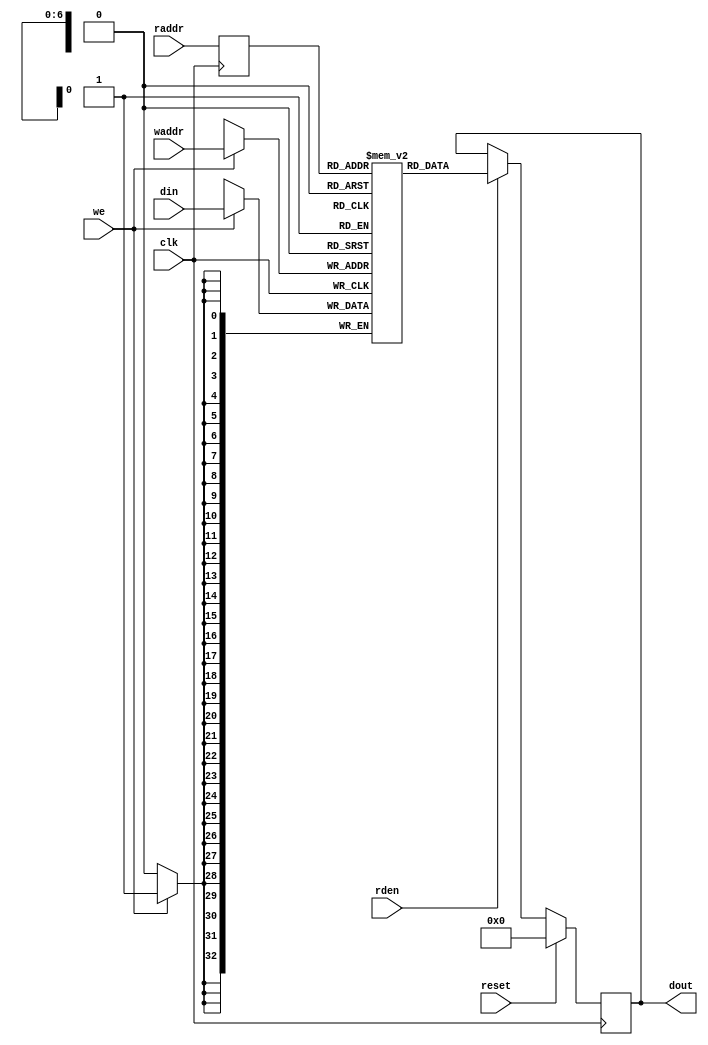
// ==============================================================
// Vitis HLS - High-Level Synthesis from C, C++ and OpenCL v2022.1 (64-bit)
// Tool Version Limit: 2022.04
// Copyright 1986-2022 Xilinx, Inc. All Rights Reserved.
// ==============================================================

`timescale 1ns/1ps

module userdma_fifo_w33_d128_A_ram
#(parameter
    MEM_STYLE   = "auto",
    DATA_WIDTH  = 33,
    ADDR_WIDTH  = 7,
    DEPTH       = 127
)
(
    input  wire                  clk,
    input  wire                  reset,
    input  wire                  we,
    input  wire [ADDR_WIDTH-1:0] waddr,
    input  wire [DATA_WIDTH-1:0] din,
    input  wire [ADDR_WIDTH-1:0] raddr,
    input  wire                  rden,
    output reg  [DATA_WIDTH-1:0] dout
);

(* ram_style = MEM_STYLE, rw_addr_collision = "yes" *)
reg  [DATA_WIDTH-1:0] mem[0:DEPTH-1];
reg  [ADDR_WIDTH-1:0] raddr_reg;

//write to ram
always @(posedge clk) begin
    if (we)
        mem[waddr] <= din;
end

//buffer the raddr
always @(posedge clk) begin
    raddr_reg <= raddr;
end

//read from ram
always @(posedge clk) begin
    if (reset)
        dout <= 0;
    else if (rden)
        dout <= mem[raddr_reg];
end

endmodule

module userdma_fifo_w33_d128_A
#(parameter
    MEM_STYLE   = "auto",
    DATA_WIDTH  = 33,
    ADDR_WIDTH  = 7,
    DEPTH       = 127
)
(
    // system signal
    input  wire                  clk,
    input  wire                  reset,

    // write
    output wire                  if_full_n,
    input  wire                  if_write_ce,
    input  wire                  if_write,
    input  wire [DATA_WIDTH-1:0] if_din,

    // read
    output reg  [ADDR_WIDTH:0]   if_num_data_valid,
    output wire [ADDR_WIDTH:0]   if_fifo_cap,
    output wire                  if_empty_n,
    input  wire                  if_read_ce,
    input  wire                  if_read,
    output wire [DATA_WIDTH-1:0] if_dout
);
//------------------------Parameter----------------------

//------------------------Local signal-------------------
reg  [ADDR_WIDTH-1:0] waddr = 1'b0;
reg  [ADDR_WIDTH-1:0] raddr = 1'b0;
wire [ADDR_WIDTH-1:0] wnext;
wire [ADDR_WIDTH-1:0] rnext;
wire                  push;
wire                  pop;
reg  [ADDR_WIDTH:0]   mOutPtr = 1'b0;
reg                   full_n = 1'b1;
reg                   empty_n = 1'b0;
reg                   dout_vld = 1'b0;


//------------------------Instantiation------------------
userdma_fifo_w33_d128_A_ram
#(
 .MEM_STYLE(MEM_STYLE),
 .DATA_WIDTH(DATA_WIDTH),
 .ADDR_WIDTH(ADDR_WIDTH),
 .DEPTH(DEPTH))
U_userdma_fifo_w33_d128_A_ram(
 .clk(clk),
 .reset(reset),
 .we(push),
 .waddr(waddr),
 .din(if_din),
 .raddr(rnext),
 .rden(pop),
 .dout(if_dout)
);

//------------------------Task and function--------------

//------------------------Body---------------------------
assign if_full_n  = full_n;
assign if_empty_n = dout_vld;
assign push       = full_n & if_write_ce & if_write;
assign pop        = empty_n & if_read_ce & (if_read | ~dout_vld);
assign wnext      = !push                ? waddr :
                    (waddr == DEPTH - 1) ? 1'b0  :
                    waddr + 1'b1;
assign rnext      = !pop                 ? raddr :
                    (raddr == DEPTH - 1) ? 1'b0  :
                    raddr + 1'b1;

// waddr
always @(posedge clk) begin
    if (reset == 1'b1)
        waddr <= 1'b0;
    else
        waddr <= wnext;
end

// raddr
always @(posedge clk) begin
    if (reset == 1'b1)
        raddr <= 1'b0;
    else
        raddr <= rnext;
end

// mOutPtr
always @(posedge clk) begin
    if (reset == 1'b1)
        mOutPtr <= 1'b0;
    else if (push & ~pop)
        mOutPtr <= mOutPtr + 1'b1;
    else if (~push & pop)
        mOutPtr <= mOutPtr - 1'b1;
end

// full_n
always @(posedge clk) begin
    if (reset == 1'b1)
        full_n <= 1'b1;
    else if (push & ~pop)
        full_n <= (mOutPtr != DEPTH - 1);
    else if (~push & pop)
        full_n <= 1'b1;
end

// empty_n
always @(posedge clk) begin
    if (reset == 1'b1)
        empty_n <= 1'b0;
    else if (push & ~pop)
        empty_n <= 1'b1;
    else if (~push & pop)
        empty_n <= (mOutPtr != 1'b1);
end

// if_num_data_valid
always @(posedge clk) begin
    if (reset == 1'b1)
        if_num_data_valid <= 'b0;
    else if (pop)
        if_num_data_valid <= mOutPtr + push;
    else if (~(if_read_ce & if_read) & dout_vld)
        if_num_data_valid <= mOutPtr + push + 1;
    else
        if_num_data_valid <= 'b0;
end
assign if_fifo_cap  = DEPTH;

// dout_vld
always @(posedge clk) begin
    if (reset == 1'b1)
        dout_vld <= 1'b0;
    else if (pop)
        dout_vld <= 1'b1;
    else if (if_read_ce & if_read)
        dout_vld <= 1'b0;
end

endmodule